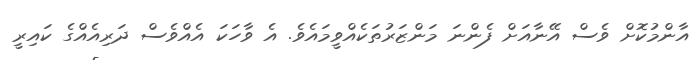
އާންމުކޮށް ވެސް އޭނާއަށް ފެންނަ މަންޒަރުތަކެއްވީމައެވެ. އެ ވާހަކަ އެއްވެސް ދަރިއެއްގެ ކައިރީ